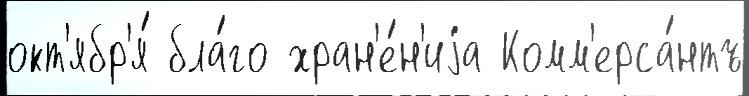
окт'ябр'я́ бла́го хран'е́н'иjа Комм'ерса́нтъ